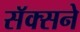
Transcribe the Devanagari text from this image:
सॅक्सने